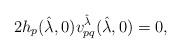
LaTeX: \begin{align*} 2h_p(\hat{\lambda},0)v^{\hat{\lambda}}_{pq}(\hat{\lambda},0)=0,\end{align*}